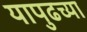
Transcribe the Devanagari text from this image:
यापुढच्या